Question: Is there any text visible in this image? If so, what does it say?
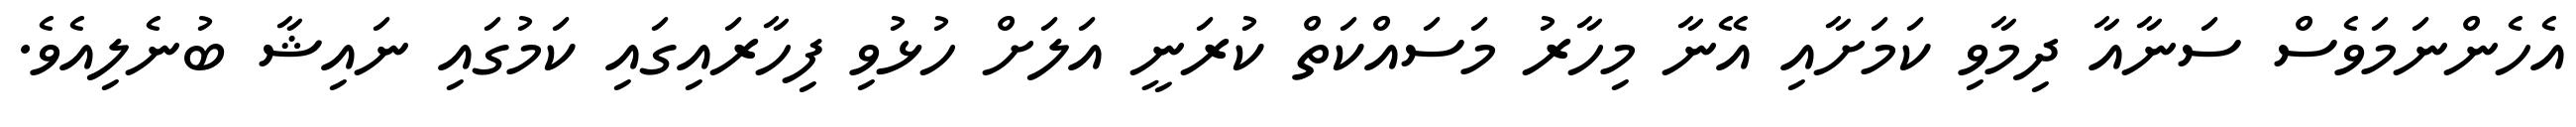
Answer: އެހެންނަމަވެސް ސަނާއާ ދިމާވި ކަމަށާއި އޭނާ މިހާރު މަސައްކަތް ކުރަނީ އަލަށް ހުޅުވި ފިހާރައިގައި ކަމުގައި ނައިޝާ ބުނެލިއެވެ.